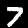
Digit: 7